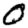
Digit: 0